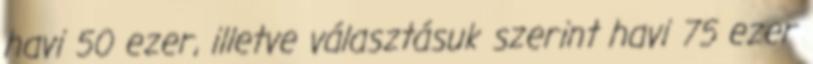
havi 50 ezer, illetve választásuk szerint havi 75 ezer